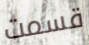
قسمت